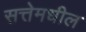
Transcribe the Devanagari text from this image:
सत्तेमधील